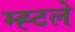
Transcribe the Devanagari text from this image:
म्ह्टले